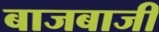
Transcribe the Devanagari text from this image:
बाजबाजी